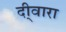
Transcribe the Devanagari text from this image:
दी्वारा